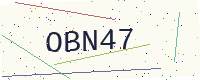
Text: OBN47